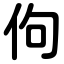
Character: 佝